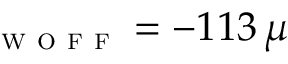
\l _ { \textsc { w o f f } } = - 1 1 3 \, \mu